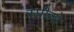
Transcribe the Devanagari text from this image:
स्पील्लो